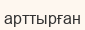
арттырған